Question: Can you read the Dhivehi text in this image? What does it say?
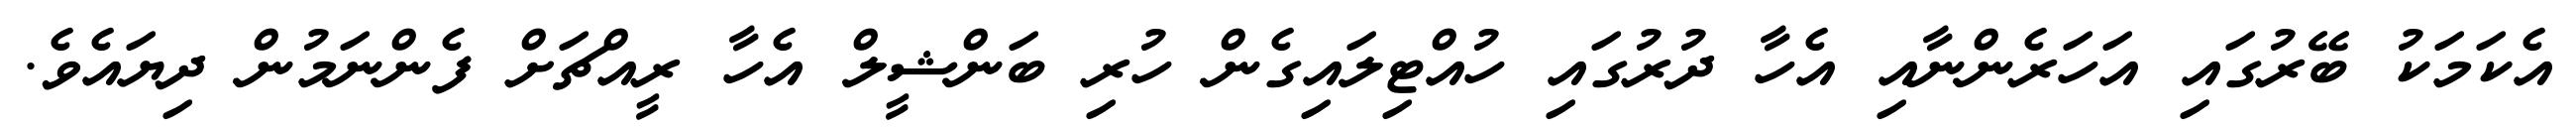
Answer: އެކަމަކު ބޭރުގައި އަހަރެންނާއި އެހާ ދުރުގައި ހުއްޓިލައިގެން ހުރި ބަންޝީލް އެހާ ރީއްޗަށް ފެންނަމުން ދިޔައެވެ.